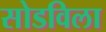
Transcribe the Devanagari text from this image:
सोडविला